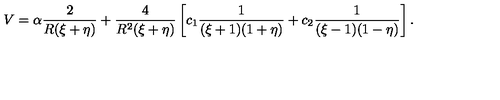
V = \alpha \frac { 2 } { R ( \xi + \eta ) } + \frac { 4 } { R ^ { 2 } ( \xi + \eta ) } \left[ c _ { 1 } \frac { 1 } { ( \xi + 1 ) ( 1 + \eta ) } + c _ { 2 } \frac { 1 } { ( \xi - 1 ) ( 1 - \eta ) } \right] .